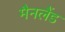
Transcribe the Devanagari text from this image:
मैनलैंड